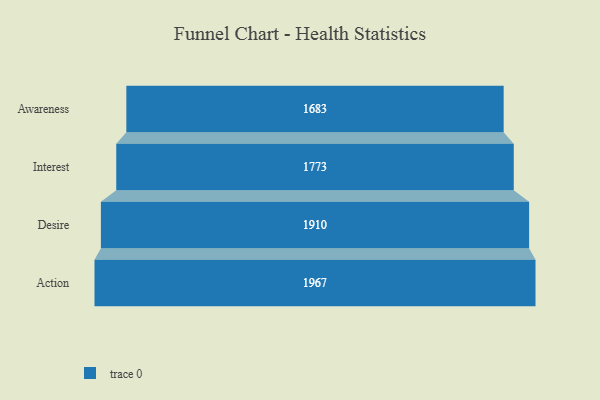
{"axis": {"x": "Stage", "y": "Value"}, "legend": [""], "data": [{"x": "Awareness", "y": 1683.0, "type": ""}, {"x": "Interest", "y": 1773.0, "type": ""}, {"x": "Desire", "y": 1910.0, "type": ""}, {"x": "Action", "y": 1967.0, "type": ""}]}